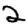
Digit: 2